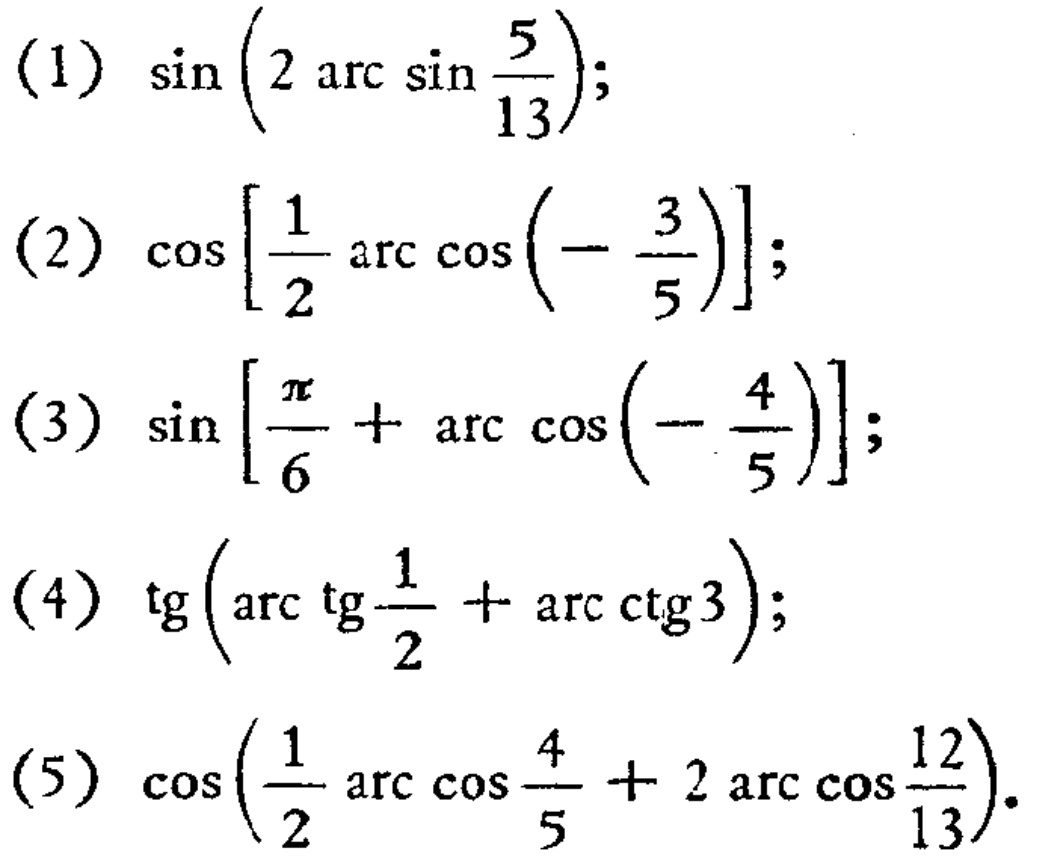
(1) \(\sin\left(2\arcsin\frac{5}{13}\right)\);
(2) \(\cos\left[\frac{1}{2}\arccos\left(-\frac{3}{5}\right)\right]\);
(3) \(\sin\left[\frac{\pi}{6}+\arccos\left(-\frac{4}{5}\right)\right]\);
(4) \(\tg\left(\arctg\frac{1}{2}+\text{arc}\ctg3\right)\);
(5) \(\cos\left(\frac{1}{2}\arccos\frac{4}{5}+2\arccos\frac{12}{13}\right)\).